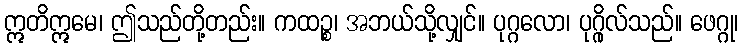
ဣတိဣမေ၊ ဤသည်တို့တည်း။ ကထဉ္စ၊ အဘယ်သို့လျှင်။ ပုဂ္ဂလော၊ ပုဂ္ဂိုလ်သည်။ ဖေဂ္ဂု၊